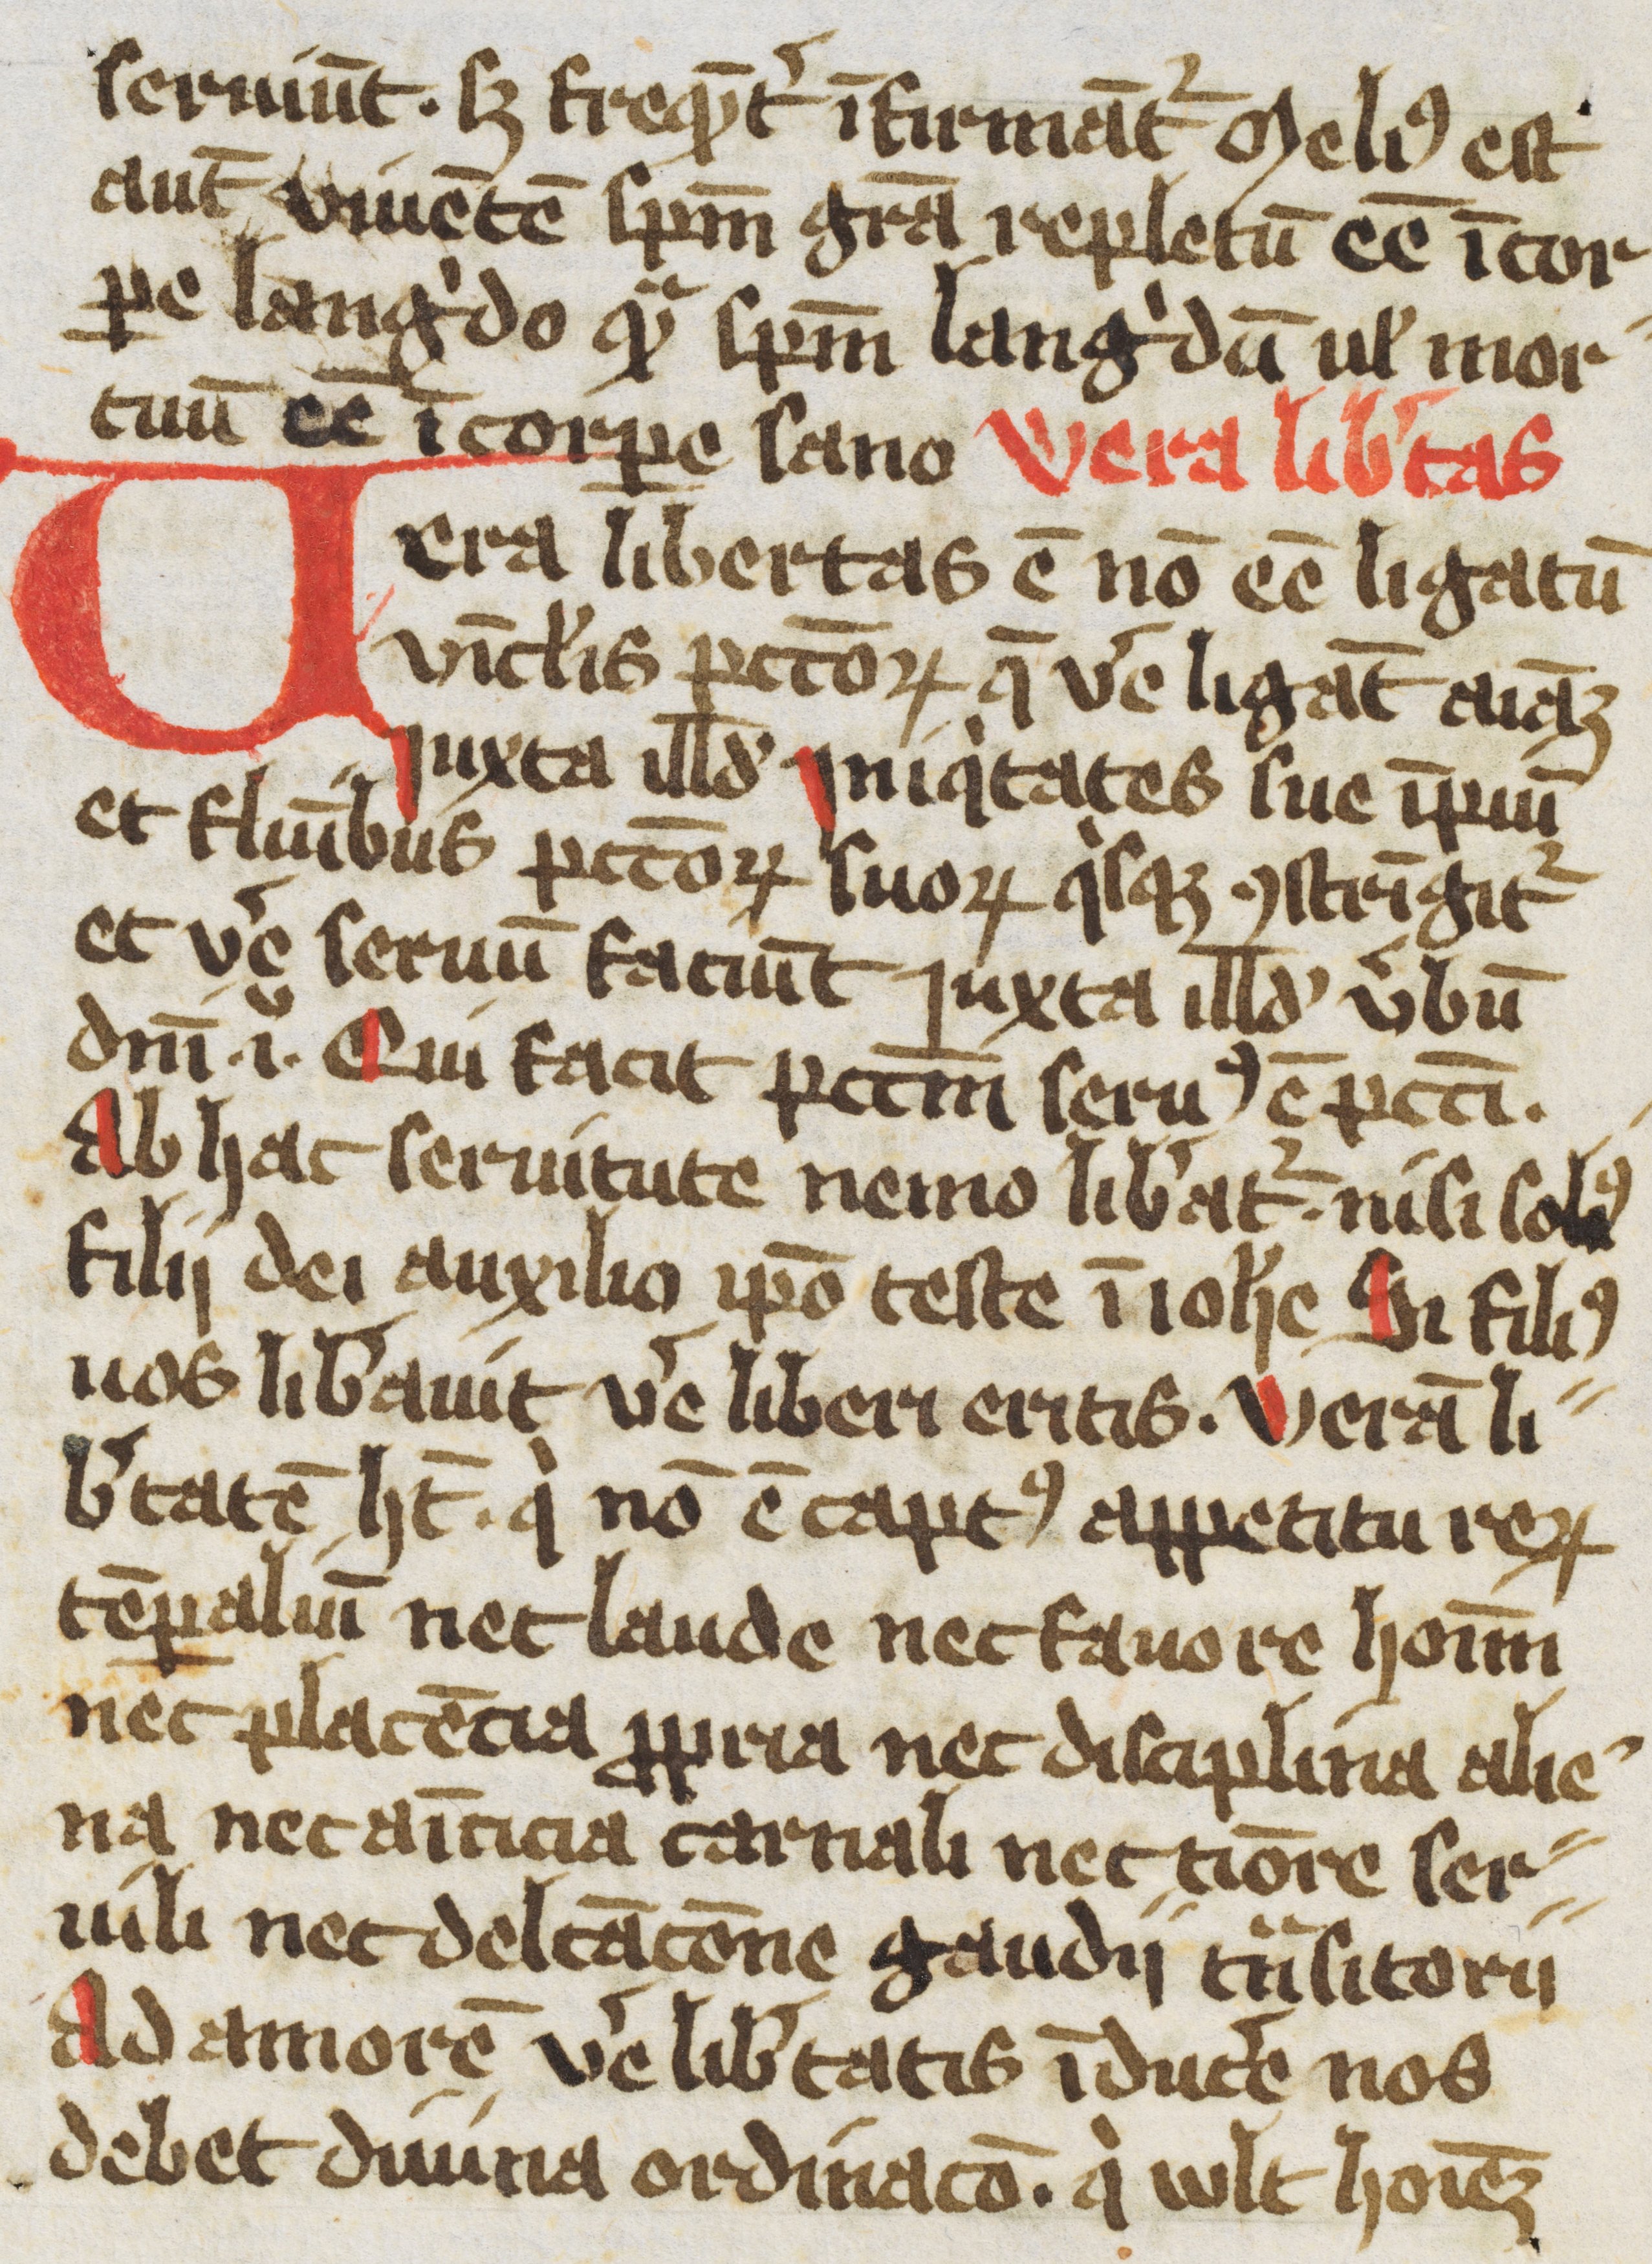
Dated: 1400–1499